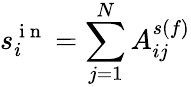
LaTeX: s_{i}^{\mathrm{~i~n~}}=\sum_{j=1}^{N}A_{ij}^{s(f)}